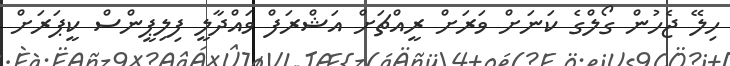
ހިލޭ ޖެހުން ގޯލްގެ ކަނަށް ވަރަށް ރީއްޗަށް އަޝްރަފް ވައްދާލީ ފިލިޕީންސް ކީޕަރަށް